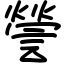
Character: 謍